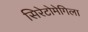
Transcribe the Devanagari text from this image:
सिरेटोमेगिला